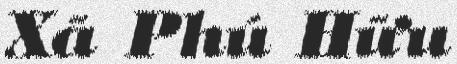
Xã Phú Hữu